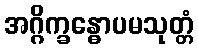
အဂ္ဂိက္ခန္ဓောပမသုတ္တံ